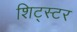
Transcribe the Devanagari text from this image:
शिट्स्टर